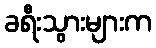
ခရီးသွားများက